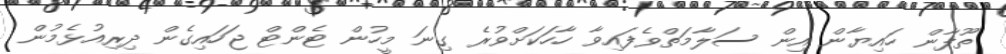
ތޫފާން ހައިޔާން އިން ސަލާމަތްވެފައިވާ ހާހަކަށްވުރެ ގިނަ މީހުން ޓެންޓް ޖަހައިގެން ދިރިއުޅެމުން